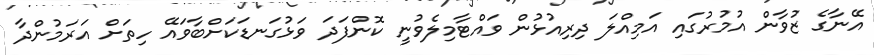
އޭނާގެ ޒުވާން އުމުރުގައި އަމިއްލަ ދިރިއުޅުން ވައްޓާމިލެވުނީ ކޮންފަދަ ވަޅުގަނޑަކަށްބާވައޭ ހިތަށް އަރަމުންދާ